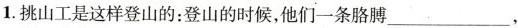
1.挑山工是这样登山的：登山的时候，他们一条胳膊___，